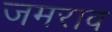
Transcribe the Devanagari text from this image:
जमराव